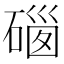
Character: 𥔥